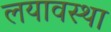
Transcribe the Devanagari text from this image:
लयावस्था